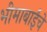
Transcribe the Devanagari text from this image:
भीमाबाईंचे